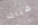
هناك